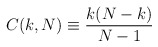
\begin{align*}C(k,N) \equiv {k(N-k)\over N-1}\end{align*}